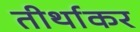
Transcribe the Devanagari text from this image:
तीर्थाकर